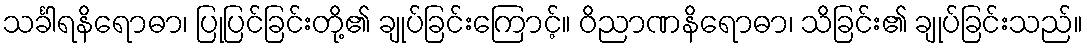
သင်္ခါရနိရောဓာ၊ ပြုပြင်ခြင်းတို့၏ ချုပ်ခြင်းကြောင့်။ ဝိညာဏနိရောဓာ၊ သိခြင်း၏ ချုပ်ခြင်းသည်။